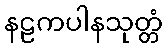
နဠကပါနသုတ္တံ